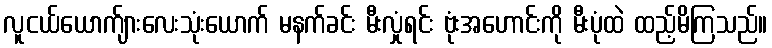
လူငယ်ယောက်ျားလေးသုံးယောက် မနက်ခင်း မီးလှုံရင်း ဗုံးအဟောင်းကို မီးပုံထဲ ထည့်မိကြသည်။